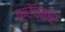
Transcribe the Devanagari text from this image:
क्रेच्कर